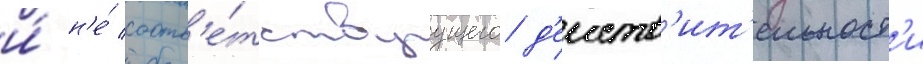
и́ н'е́ соотв'е́тствуущего д'еиств'ит'ельност'и